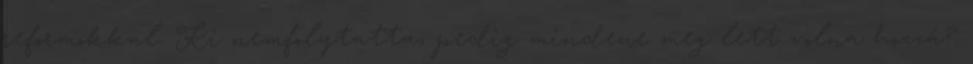
reformokkal. Ki nemfolytatta, pedig mindene meg lett volna hozzá?